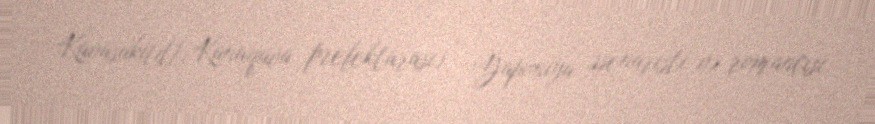
Kavasaki[d], Kanaqava prefekturası) – Yaponiya ssenaristi və romançısı.